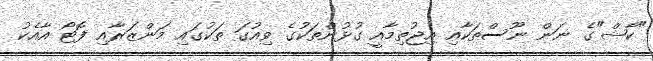
"ކާޝް"ގެ ނަން ނޫސްތަކާއި އިޖުތިމާއީ ގުޅުންތަކުގެ ވިއުގަ ތަކުގައި މަންޒަރާއި ފޮޓޯ އާއެކު